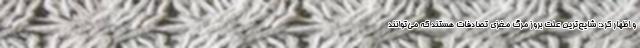
و اظهار کرد: شایع‌ترین علت بروز مرگ مغزی تصادفات هستند که می‌توانند